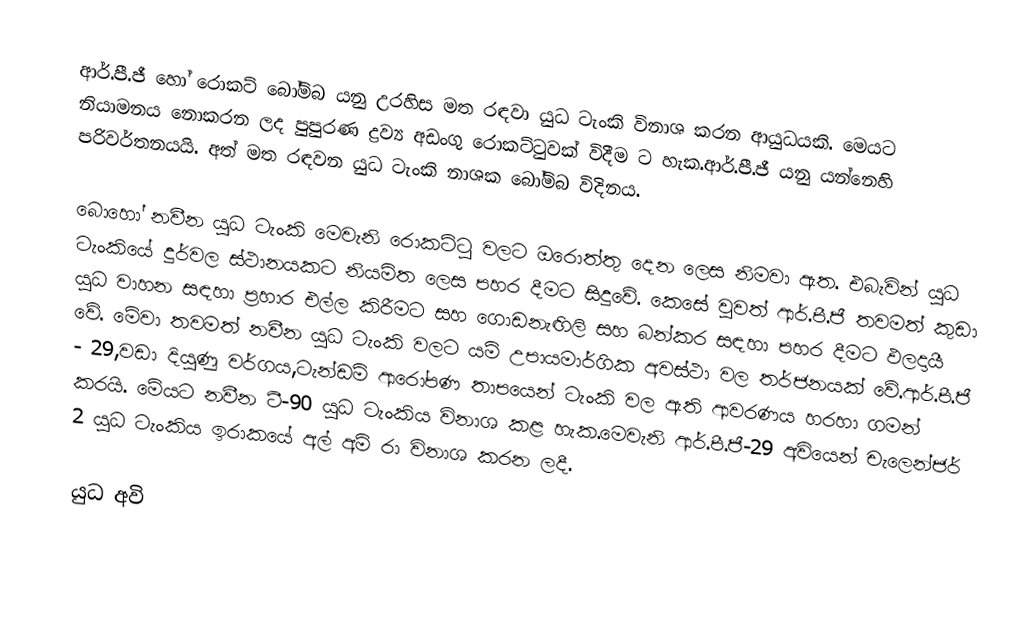
ආර්.පී.ජී හෝ රොකට් බෝම්බ යනු උරහිස මත රඳවා යුධ ටැංකි විනාශ කරන ආයුධයකි. මෙයට නියාමනය නොකරන ලද පුපුරණ ද්‍රව්‍ය අඩංගු රොකට්ටුවක් විදීම ට හැක.ආර්.පී.ජී ‍යනු යන්නෙහි පරිවර්තනයයි. අත් මත රඳවන යුධ ටැංකි නාශක බෝම්බ විදිනය.

බොහෝ නවීන යුධ ටැංකි මෙවැනි රොකට්ටු වලට ඔරොත්තු දෙන ලෙස නිමවා ඇත. එබැවින් යුධ ටැංකියේ දුර්වල ස්ථානයකට නියමිත ලෙස පහර දීමට සිදුවේ. කෙසේ වුවත් ආර්.පී.ජී තවමත් කුඩා යුධ වාහන සඳහා ප්‍රහාර එල්ල කිරීමට සහ ගොඩනැඟිලි සහ බන්කර සඳහා පහර දීමට ඵලදායී වේ. මේවා තවමත් නවීන යුධ ටැංකි වලට යම් උපායමාර්ගික අවස්ථා වල තර්ජනයක් වේ.ආර්.පී.ජී - 29,වඩා දියුණු වර්ගය,ටැන්ඩම් ආරෝපණ තාපයෙන් ටැංකි වල ඇති ආවරණ‍ය හරහා ගමන් කරයි. මේයට නවීන ටී-90 යුධ ටැංකිය විනාශ කළ හැක.මෙවැනි ආර්.පී.ජී-29 අවියෙන් චැලෙන්ජර් 2 යුධ ටැංකිය ඉරාකයේ අල් අම් රා විනාශ කරන ලදී.

යුධ අවි